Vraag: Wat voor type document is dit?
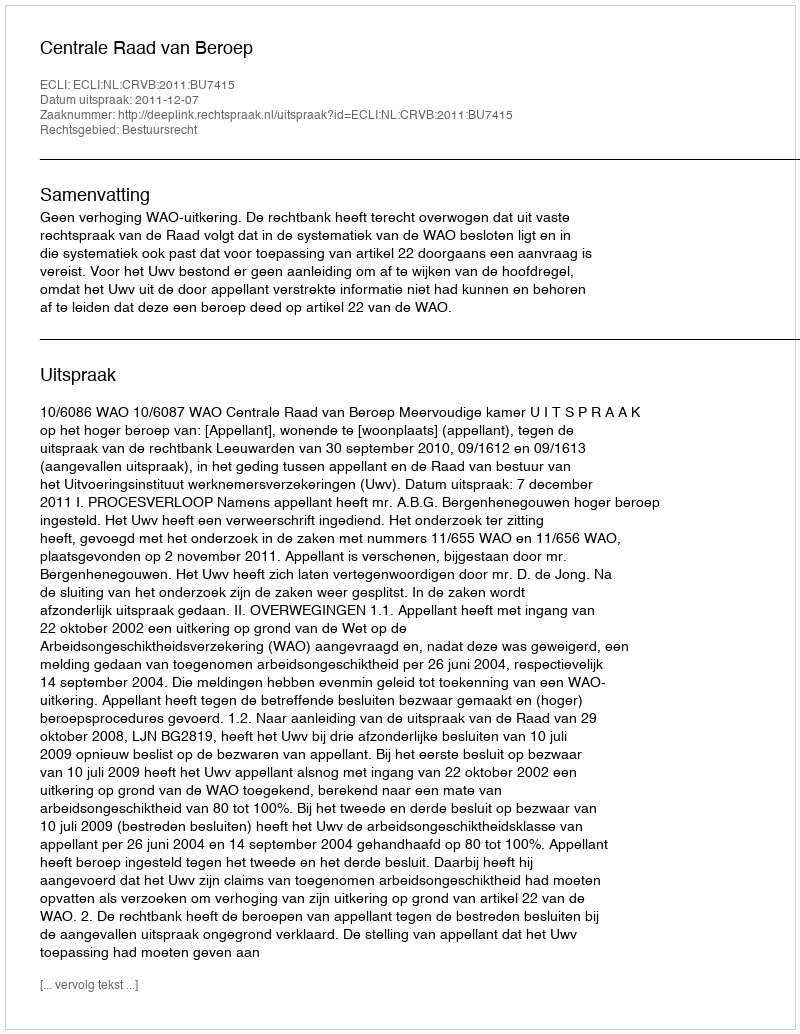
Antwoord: Uitspraak